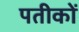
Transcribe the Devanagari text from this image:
पतीकों